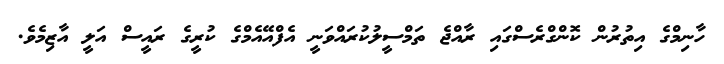
ހާނިމްގެ އިތުރުން ކޮންގްރެސްގައި ރާއްޖެ ތަމްސީލުކުރައްވަނީ އެފްއޭއެމްގެ ކުރީގެ ރައީސް އަލީ އާޒިމެވެ.